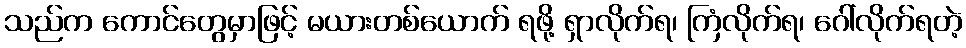
သည်က ကောင်တွေမှာဖြင့် မယားတစ်ယောက် ရဖို့ ရှာလိုက်ရ၊ ကြံလိုက်ရ၊ ဂေါ်လိုက်ရတဲ့